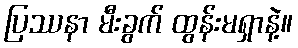
ပြဿနာ မီးခွက် ထွန်းမရှာနဲ့။